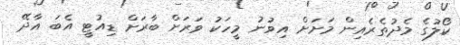
ކޯލުގެ މެދުތެރެއިން މަށަށް އިވުނު މީހަކު ވަރަށް ބާރަށް ޑިއުޓީ އެބަ އާދޭ